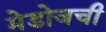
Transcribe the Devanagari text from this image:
मेडोजची